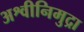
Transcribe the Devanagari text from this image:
अश्वीनिमुद्रा